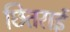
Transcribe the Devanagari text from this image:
छितराई